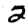
Digit: 2